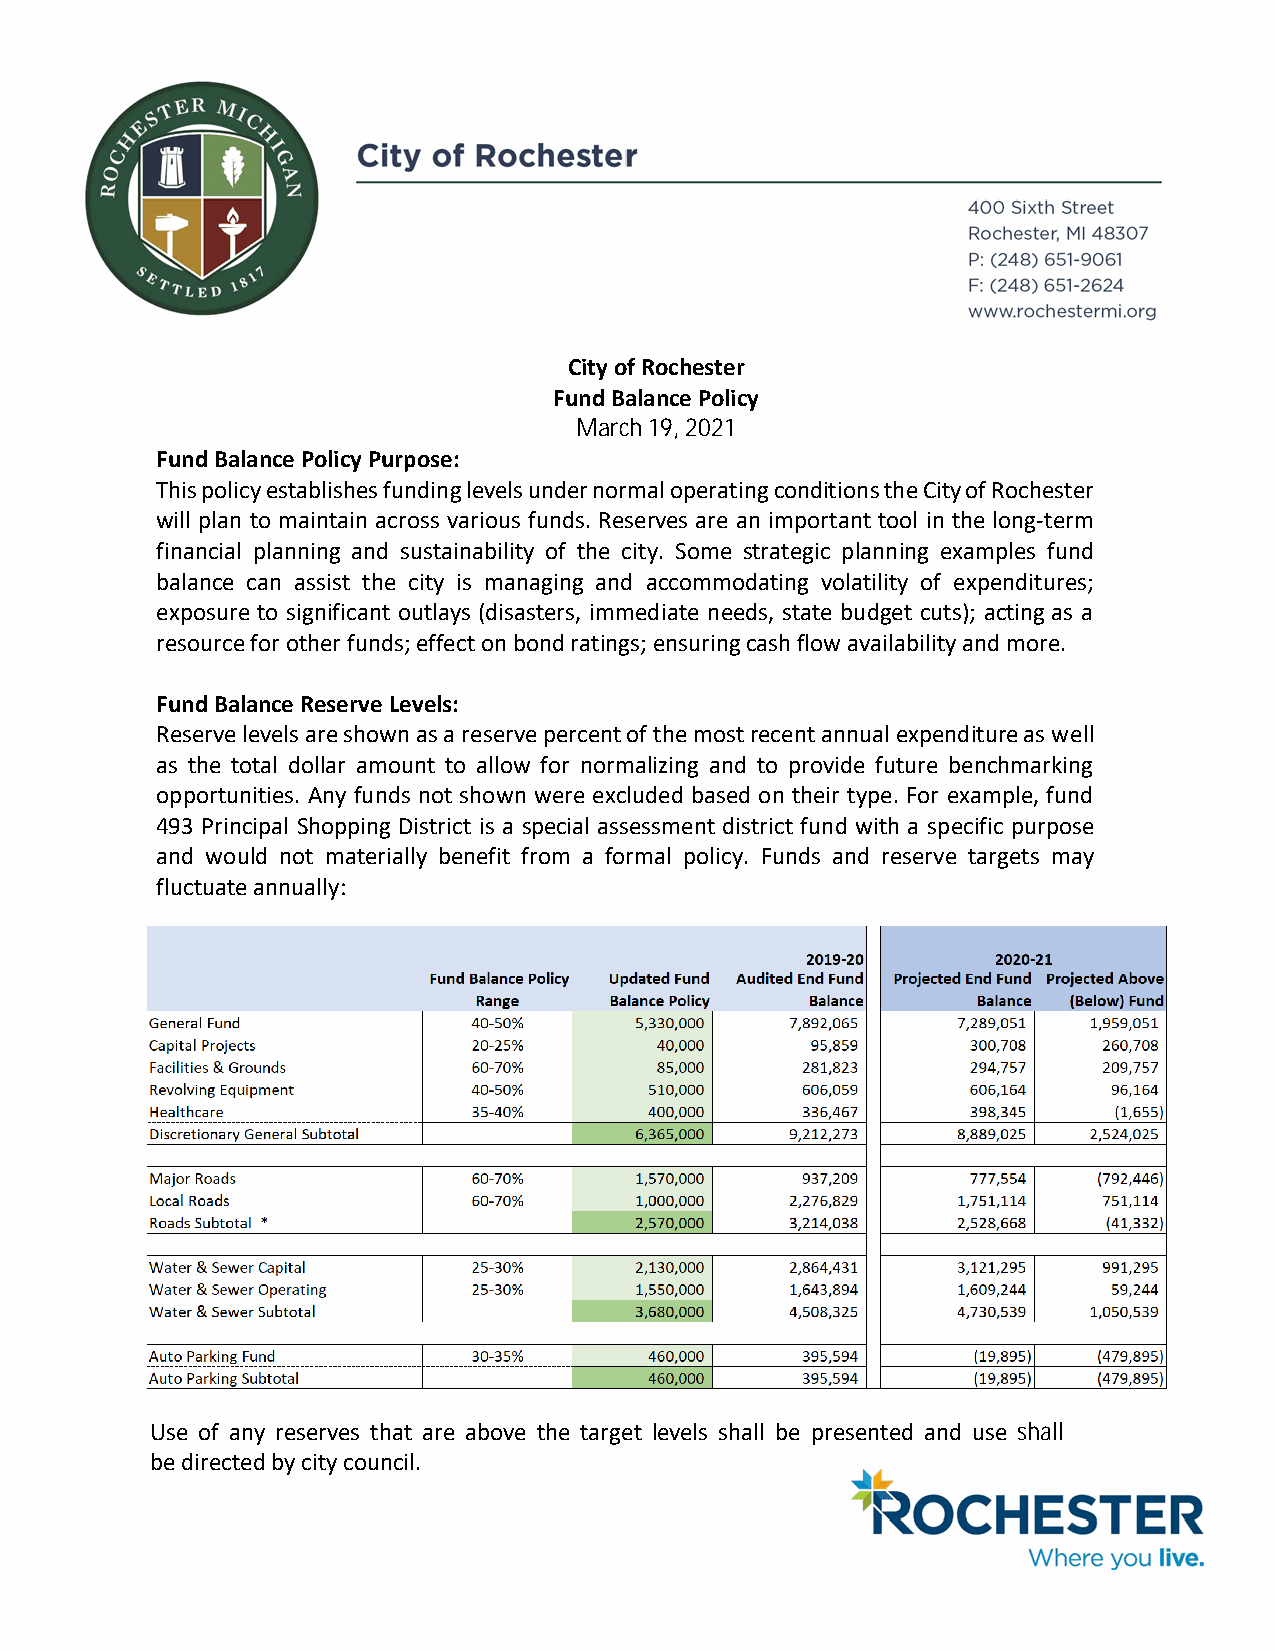
City of Rochester
 Fund Balance Policy
 March 19, 2021
 Fund Balance Policy Purpose:
 This policy establishes funding levels under normal operating conditions the City of Rochester
 will plan to maintain across various funds. Reserves are an important tool in the long-term
 financial planning and sustainability of the city. Some strategic planning examples fund
 balance can assist the city is managing and accommodating volatility of expenditures;
 exposure to significant outlays (disasters, immediate needs, state budget cuts); acting as a
 resource for other funds; effect on bond ratings; ensuring cash flow availability and more.
 Fund Balance Reserve Levels:
 Reserve levels are shown as a reserve percent of the most recent annual expenditure as well
 as the total dollar amount to allow for normalizing and to provide future benchmarking
 opportunities. Any funds not shown were excluded based on their type. For example, fund
 493 Principal Shopping District is a special assessment district fund with a specific purpose
 and would not materially benefit from a formal policy. Funds and reserve targets may
 fluctuate annually:
 Use of any reserves that are above the target levels shall be presented and use shall
 be directed by city council.